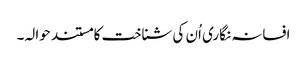
افسانہ نگاری اُن کی شناخت کا مستند حوالہ۔